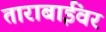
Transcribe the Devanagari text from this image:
ताराबाईंवर